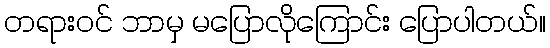
တရားဝင် ဘာမှ မပြောလိုကြောင်း ပြောပါတယ်။